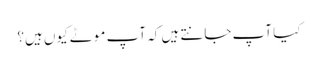
کیا آپ جانتے ہیں کہ آپ موٹے کیوں ہیں؟